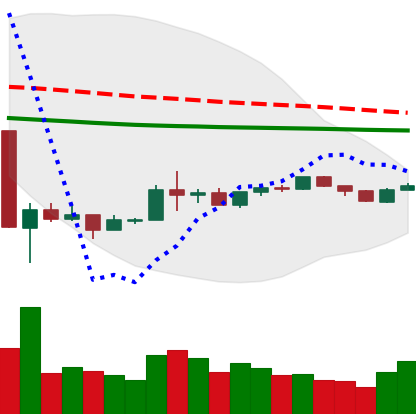
Ticker: BNB-USD
Chart end date: 2020-03-31
Forward return: 9.16%
Label: up_7plus